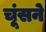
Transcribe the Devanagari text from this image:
चूंसने